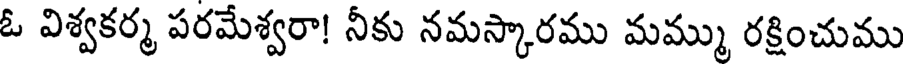
ఓ విశ్వకర్మ పరమేశ్వరా! నీకు నమస్కారము మమ్ము రక్షించుము